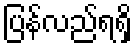
ပြန်လည်ရရှိ